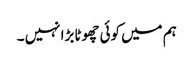
ہم میں کوئی چھوٹا بڑا نہیں ۔